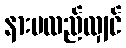
နားမလည်လျှင်